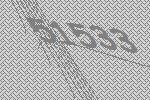
51533